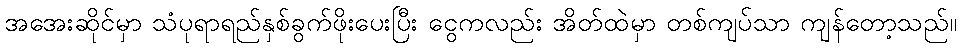
အအေးဆိုင်မှာ သံပုရာရည်နှစ်ခွက်ဖိုးပေးပြီး ငွေကလည်း အိတ်ထဲမှာ တစ်ကျပ်သာ ကျန်တော့သည်။